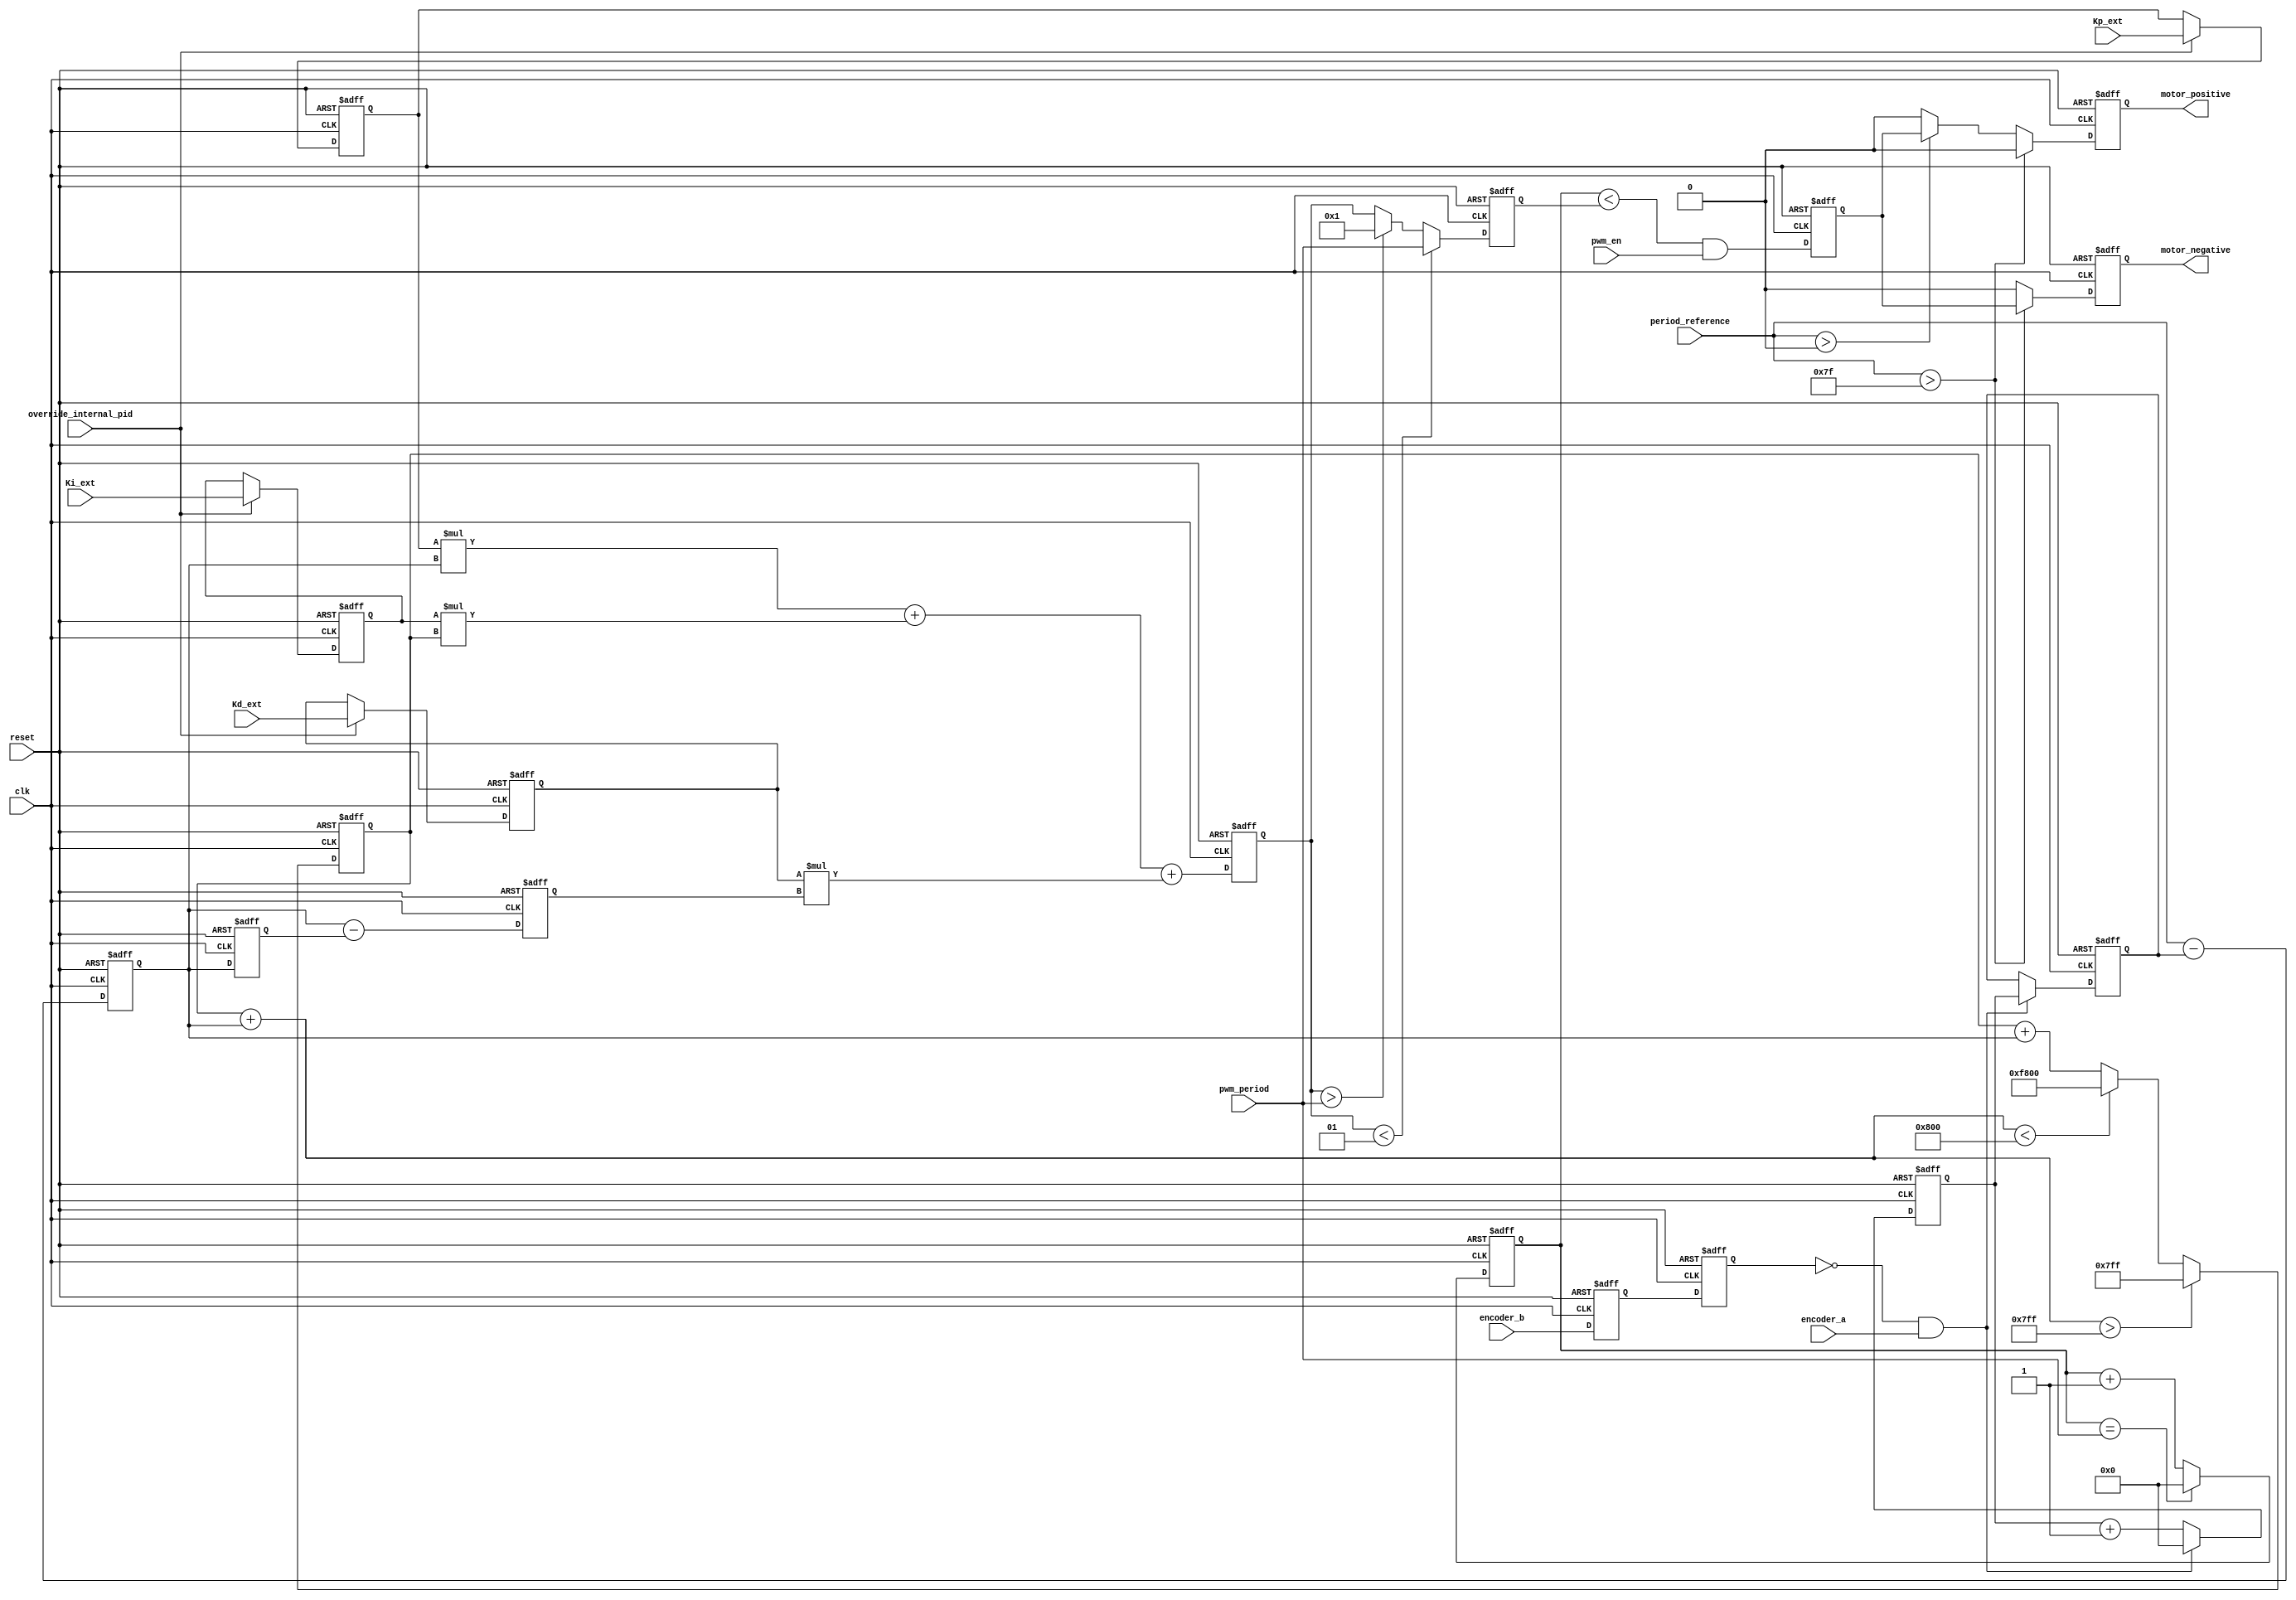
module bldc_esc_1 #(parameter DATA_WIDTH = 16,parameter ENCODER_WIDTH = 3 )(
  input clk,              		// clock input. when there is no clk signal motor does not run
  input reset,            		// when it is 1 motor does run active high
  input pwm_en,						//Pin to enable pwm output	active high
  input encoder_a,  				// encoder A pin input
  input encoder_b,  				// encoder B pin input
  input [DATA_WIDTH-1:0] pwm_period,	//change period in clock cycles
  input [DATA_WIDTH-1:0] period_reference,	// period_reference speed input, commented out since the ambiguity, will try with constant 900RPM period_reference speed
  input [DATA_WIDTH-1:0] Kp_ext,//External proportional constant
  input [DATA_WIDTH-1:0] Ki_ext,//External integral constant
  input [DATA_WIDTH-1:0] Kd_ext,//External derivative constant
  input override_internal_pid,		//select pin for external/internal pid constants
  output reg motor_positive,   		// BLDC motor PWM signal
  output reg motor_negative 			// Motor direction control (1 bit)
);
  reg motor_pwm;
  reg [DATA_WIDTH-1:0] pwm_counter;
  reg [DATA_WIDTH-1:0] pwm_duty_cycle;
  reg [1:0]encoder_state;
  reg [1:0]prev_encoder_state;
  reg [1:0]pwm_direction;
  //PID control////////////////////////////////////////////////
  // PID constants
  reg [DATA_WIDTH-1:0] period_speed ;// Counter connected to rise of encoder A that will infer speed by measuring period of clk cycles
  reg [DATA_WIDTH-1:0] speed_ctr;
  reg [DATA_WIDTH-1:0] Kp ;
  reg [DATA_WIDTH-1:0] Ki ;
  reg [DATA_WIDTH-1:0] Kd ;
  // Variables for PID control
  reg signed[DATA_WIDTH-1:0] error;
  reg signed[(DATA_WIDTH)-1:0] integral;
  reg signed[DATA_WIDTH-1:0] derivative;
  reg signed [(DATA_WIDTH)-1:0] pid_output;
  reg signed[DATA_WIDTH-1:0] previous_error;
 always @(posedge clk or posedge reset) begin
    if (reset) begin
        integral <= 16'b0;
        pwm_counter <= {DATA_WIDTH{1'b0}};
        encoder_state <= 2'b0;
        prev_encoder_state <= 2'b0;
        pwm_direction<=2'b00;
        motor_positive<=1'b0;
        motor_negative<=1'b0;
        Kp <= 16'd1;
        Ki <= 16'd0;
        Kd <= 16'd0;
        speed_ctr<={DATA_WIDTH{1'b0}};
        previous_error <= {DATA_WIDTH{1'b0}};
        error<=8'b0;
        period_speed <= 16'b0;
        pid_output <= 16'b0;
        derivative <= 16'b0;
        pwm_duty_cycle <= 16'b0;
        motor_pwm <= 1'b0;
    end 
    else begin
        pid_output <= Kp * error + Ki * integral + Kd * derivative;	//compute pid response
        if(pid_output<1) begin			//if pid output is negative, cap at 0
			pwm_duty_cycle<=pwm_period;
		end 
		else if (pid_output>pwm_period) begin	//if pid output above period, give 100% pwm
			pwm_duty_cycle<=1;
		end 
		else begin
			pwm_duty_cycle<= pid_output;	//if in between values, give pid output as pwm
		end
        derivative <= error - previous_error;
        if (integral + error > 2047) begin //These are very high values for ASIC, need to push for lower register(?)
            integral <= 2047;  
        end 
        else if (integral + error < -2048) begin
            integral <= -2048; 
        end 
        else begin
            integral <= integral + error;  
        end
        previous_error<=error;
        error <= period_reference - period_speed;
        motor_pwm <= (pwm_counter < pwm_duty_cycle) & pwm_en; // Generate PWM signal and send it to the motor
        // Reset PWM counter at the end of the PWM period
        if (pwm_counter == pwm_period) begin
            pwm_counter <= 16'd0;
        end
        else begin
            pwm_counter <= pwm_counter + 1;
        end
        prev_encoder_state <= encoder_state;
        encoder_state <= {encoder_a, encoder_b};
        case ({encoder_state, prev_encoder_state})
            4'b0100, 4'b1101,4'b1011: begin// Rotate in one direction (e.g., forward)
                pwm_direction<=2'b10;
            end
            4'b1000,4'b1110,4'b0111: begin// Rotate in the opposite direction (e.g., reverse)
                pwm_direction<=2'b01;
            end
            4'b1100, 4'b0011, 4'b1001,4'b0110: begin// No change (no rotation)
                pwm_direction<=2'b00;
            end
            default: begin
                pwm_direction<=pwm_direction;// Keep the previous direction in case of an unexpected state
            end
        endcase
		if(period_reference>127) begin
			motor_positive<=1'b0;
			motor_negative<=motor_pwm;
		end
		else if (period_reference>0) begin
			motor_positive<=motor_pwm;
			motor_negative<=1'b0;
		end 
		else begin
			motor_positive<=1'b0;
			motor_negative<=1'b0;
			end
		if(override_internal_pid) begin
			Kp<=Kp_ext;
			Ki<=Ki_ext;
			Kd<=Kd_ext;
		end else begin
			Kp<=Kp;
			Ki<=Ki;
			Kd<=Kd;
		end
        if(prev_encoder_state[0]==1'b0 && encoder_a==1'b1) begin
            period_speed<=speed_ctr;
            speed_ctr<={DATA_WIDTH{1'b0}};
        end else begin
            speed_ctr<=speed_ctr+1;
        end
    end
 end
endmodule